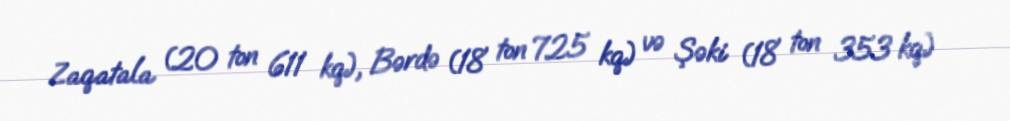
Zaqatala (20 ton 611 kq), Bərdə (18 ton 725 kq) və Şəki (18 ton 353 kq)